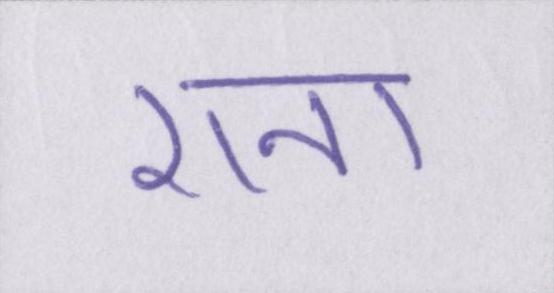
राना